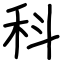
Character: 科